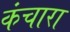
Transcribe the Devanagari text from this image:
कंचारा